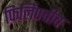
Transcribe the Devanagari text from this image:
फिलिपचीच